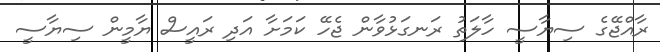
ރާއްޖޭގެ ސިޔާސީ ހާލަތު ރަނގަޅުވާން ޖެހޭ ކަމަށާ އަދި ރައީސް ޔާމީން ސިޔާސީ